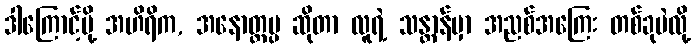
ဒါကြောင့်မို့ အဟိရိက, အနောတ္တပ္ပ ဆိုတာ လူရဲ့ သန္တာန်မှာ အညစ်အကြေး တစ်ခုပဲလို့